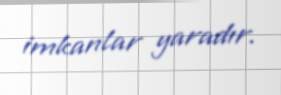
imkanlar yaradır.